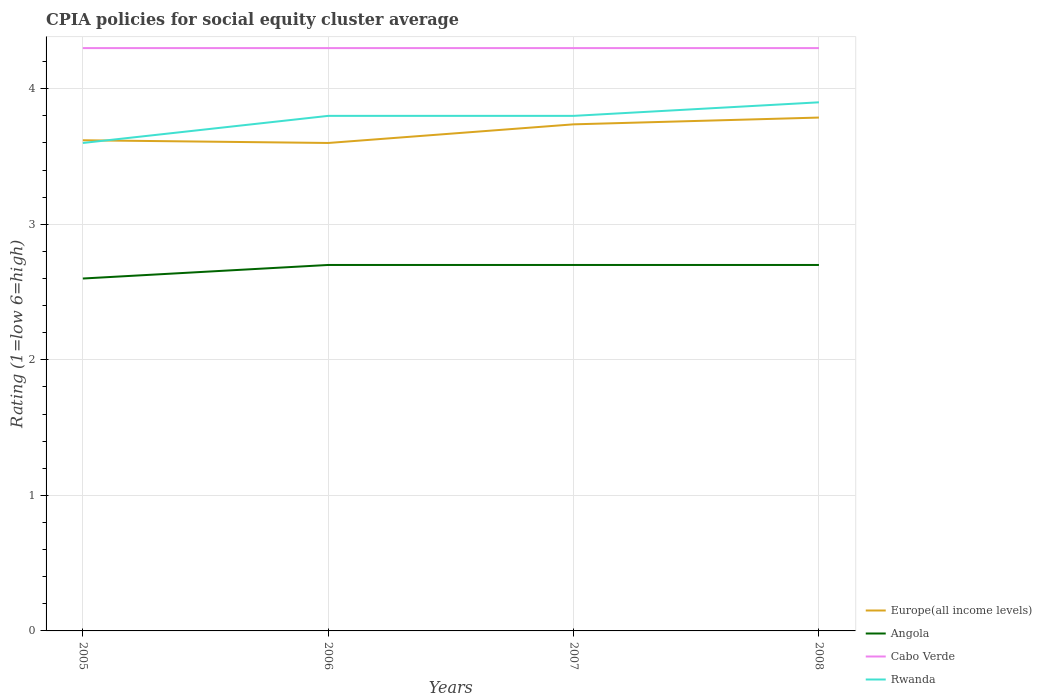
| Years | Europe(all income levels) | Angola | Cabo Verde | Rwanda |
 | --- | --- | --- | --- | --- |
 | 2005 | 3.62 | 2.6 | 4.3 | 3.6 |
 | 2006 | 3.6 | 2.7 | 4.3 | 3.8 |
 | 2007 | 3.74 | 2.7 | 4.3 | 3.8 |
 | 2008 | 3.79 | 2.7 | 4.3 | 3.9 |